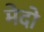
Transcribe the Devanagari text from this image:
मेदो